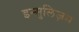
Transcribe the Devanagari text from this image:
इन्सुलिज़म